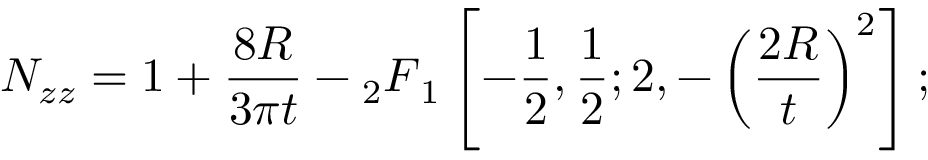
N _ { z z } = 1 + \frac { 8 R } { 3 \pi t } - { } _ { 2 } F { _ { 1 } } \left[ - \frac { 1 } { 2 } , \frac { 1 } { 2 } ; 2 , - \left( \frac { 2 R } { t } \right) ^ { 2 } \right] ;